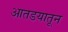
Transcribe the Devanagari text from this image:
आतडयातून